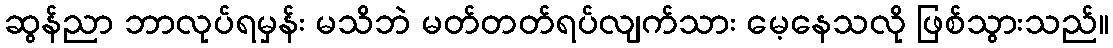
ဆွန်ညာ ဘာလုပ်ရမှန်း မသိဘဲ မတ်တတ်ရပ်လျက်သား မေ့နေသလို ဖြစ်သွားသည်။